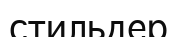
стильдер